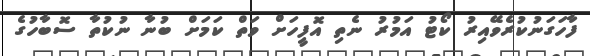
ފާހަގަނުކުރެވޭއިރު ކޯޓު އަމުރު ނެތި އޮފީހަށް ވަތް ކަމަށް ބުނާ ނުކުތާ ސޮބާހުގެ